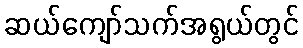
ဆယ်ကျော်သက်အရွယ်တွင်